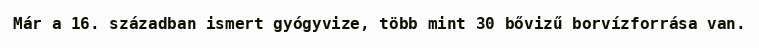
Már a 16. században ismert gyógyvize, több mint 30 bővizű borvízforrása van.